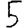
Digit: 5